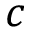
c